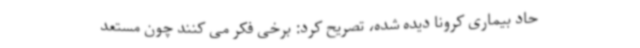
حاد بیماری کرونا دیده شده، تصریح کرد: برخی فکر می کنند چون مستعد